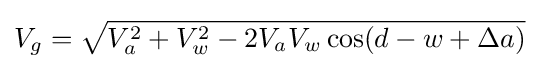
V_{g}={\sqrt {V_{a}^{2}+V_{w}^{2}-2V_{a}V_{w}\cos(d-w+\Delta a)}}